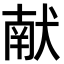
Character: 献